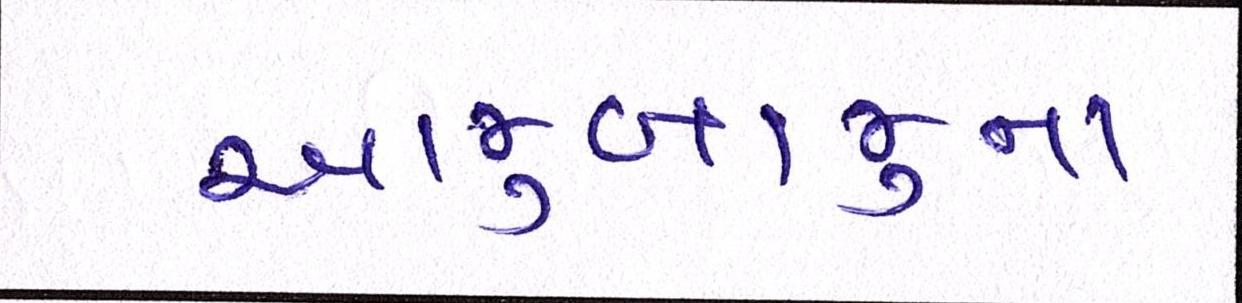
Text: આજુબાજુના